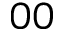
0 0